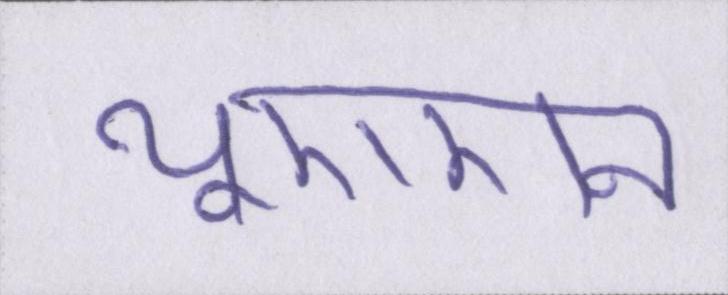
यूएएन